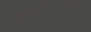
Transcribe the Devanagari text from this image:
श्रीमैथिलीनयनचारुचकोरचन्द्र